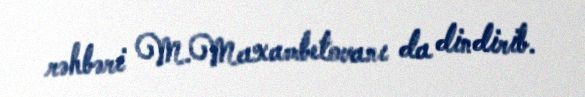
rəhbəri M.Maxambetovanı da dindirib.